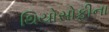
થિયોસોફીના